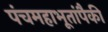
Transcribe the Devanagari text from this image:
पंचमहाभूतांपैकी